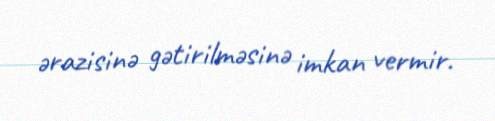
ərazisinə gətirilməsinə imkan vermir.